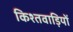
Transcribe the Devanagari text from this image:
किश्तवाड़ियों